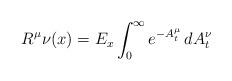
LaTeX: \begin{align*}R^{\mu}\nu(x)=E_{x}\int_{0}^{\infty} e^{-A^{\mu}_{t}}\,dA^{\nu}_t\end{align*}